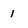
Character: 1